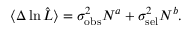
\langle \Delta \ln \hat { \cal L } \rangle = \sigma _ { \mathrm { o b s } } ^ { 2 } N ^ { a } + \sigma _ { \mathrm { s e l } } ^ { 2 } N ^ { b } .